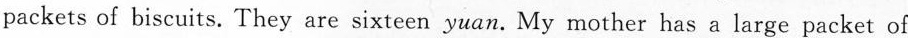
packets of biscuits. They are sixteen yuan. My mother has a large packet of